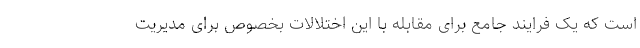
است که یک فرایند جامع برای مقابله با این اختلالات بخصوص برای مدیریت